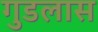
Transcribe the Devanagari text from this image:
गुडलास